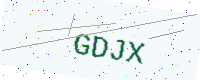
Text: GDJX